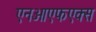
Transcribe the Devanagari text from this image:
एनओएफएक्स